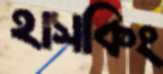
হাসকিং